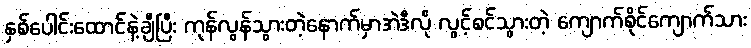
နှစ်ပေါင်းထောင်နဲ့ချီပြီး ကုန်လွန်သွားတဲ့နောက်မှာအဲဒီလို လွင့်စင်သွားတဲ့ ကျောက်စိုင်ကျောက်သား